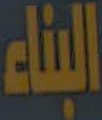
البناء